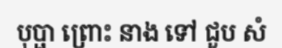
បុប្ផា ព្រោះ នាង ទៅ ជួប សំ